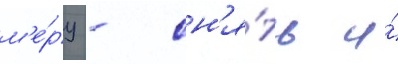
м'е́ру - сн'я́ть и́